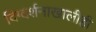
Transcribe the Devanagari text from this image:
दिग्दर्शनाखालीही